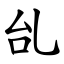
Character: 乨